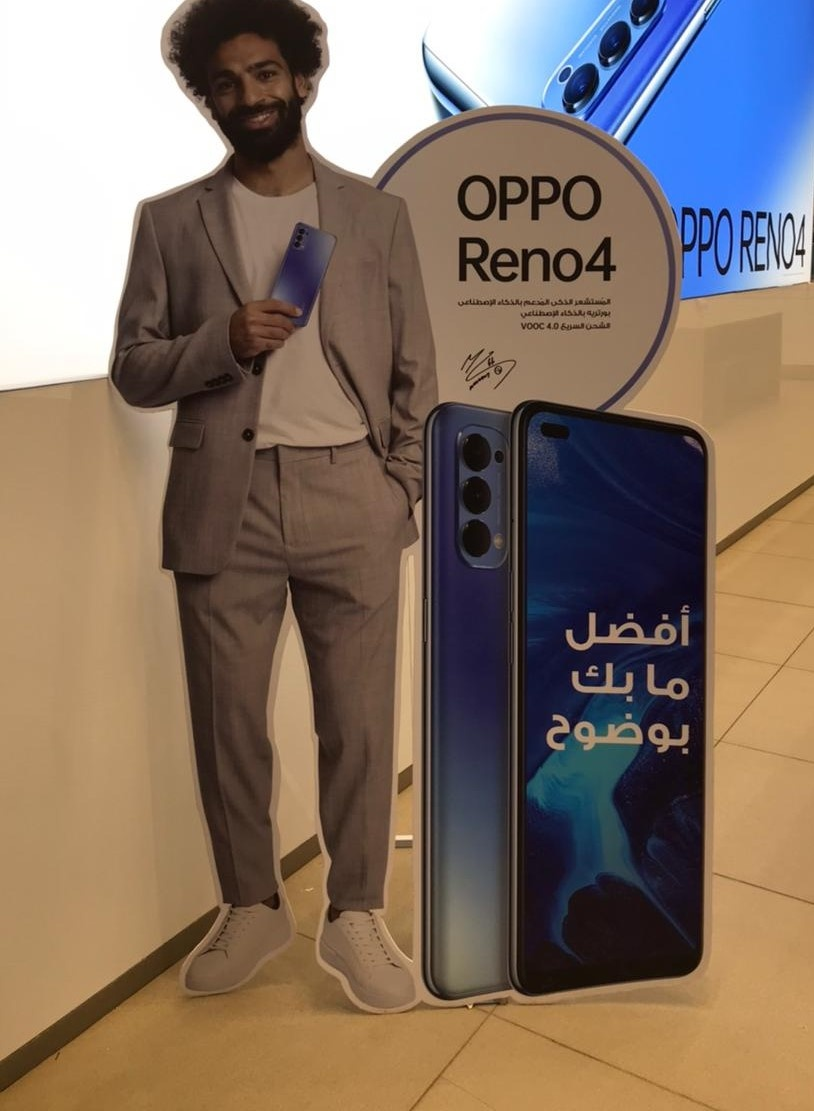
Text in image: أفضل ما بك بوضوح OPPO PPO RENO4 Reno4